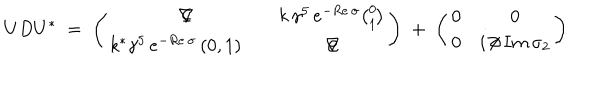
LaTeX: U D U ^ { * } \; = \; \left( \begin{array} { c c } { { \nabla \! \! \! \! / } } & { { k \, \gamma ^ { 5 } \, e ^ { - R e \, \sigma } { \binom { 0 } { 1 } } } } \\ { { k ^ { * } \gamma ^ { 5 } \, e ^ { - R e \, \sigma } \, ( 0 , 1 ) \quad } } & { { \nabla \! \! \! \! / } } \\ \end{array} \right) \; + \; \left( \begin{array} { c c } { { 0 } } & { { 0 } } \\ { { 0 } } & { { i \, \partial \! \! \! / \, I m \, \sigma _ { 2 } } } \\ \end{array} \right)